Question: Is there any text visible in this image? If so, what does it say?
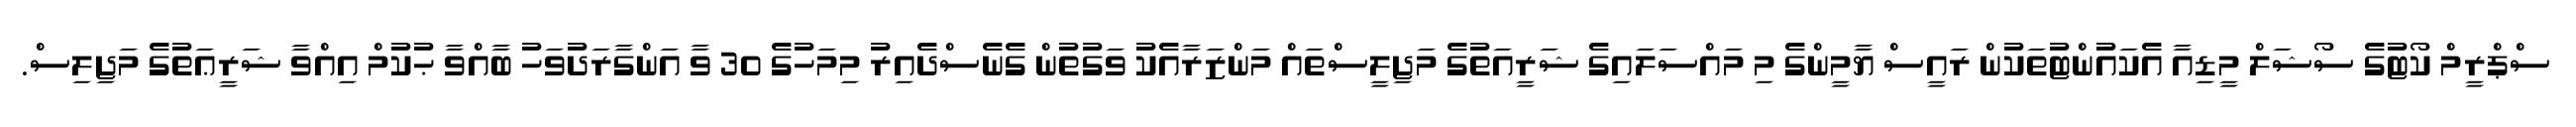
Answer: ސްޕްރީމް ކޯޓުގެ ސޯޝަލް މީޑިއާ އެކައުންޓުތަކުން ރައީސް ޔާމީންގެ މި މައްސަލައިގެ ޝަރީއަތުގެ މަޖިލީސްތައް މަންޒަރާއެކު ވަގުތުން ގެނެސްދެއިރު މިމަހުގެ 30 ވާ އަންގާރަދުވަހު ބާއްވާ ޙުކުމް އިއްވާ ޝަރީޢަތުގެ މަޖިލިސް.